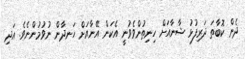
ދެން ކޮބާތަ ދަރިފުޅު ޝާނާއަށް ހިނިތުންވެވުނީ އެކަން އޭނާއަށް ހަނދާން ނުވުމުންނެވެ. އަދި